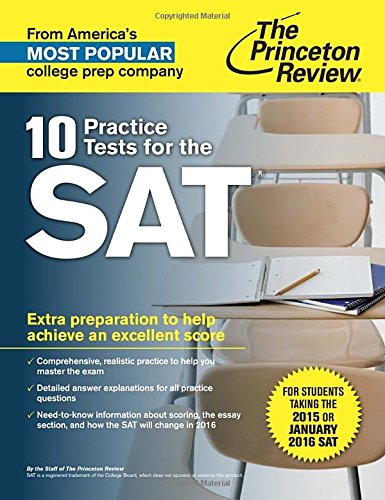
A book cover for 10 Practice Tests for the SAT: For Students taking the SAT in 2015 or January 2016 (College Test Preparation); Princeton Review; Test Preparation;